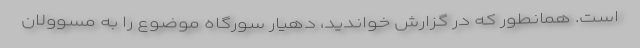
است. همانطور که در گزارش خواندید، دهیار سورگاه موضوع را به مسوولان